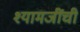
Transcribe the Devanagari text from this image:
श्यामजींची